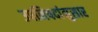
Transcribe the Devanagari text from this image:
उपनिषदांनुसार